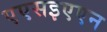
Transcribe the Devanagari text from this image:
एएसइएएन